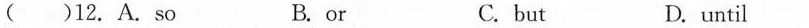
( ) 12.A.so B.or C.but D.until